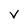
Character: v